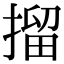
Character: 㨨